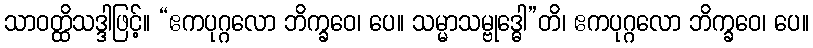
သာဝတ္ထိသဒ္ဒါဖြင့်။ “ဧကပုဂ္ဂလော ဘိက္ခဝေ၊ ပေ။ သမ္မာသမ္ဗုဒ္ဓေါ”တိ၊ ဧကပုဂ္ဂလော ဘိက္ခဝေ၊ ပေ။